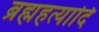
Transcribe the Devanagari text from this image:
ब्रह्महत्यादि